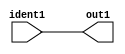
module mod4 (ident1,out1);
input  [31:0]  ident1;
output [31:0]  out1;
wire [31:0] out1 = ident1;
endmodule